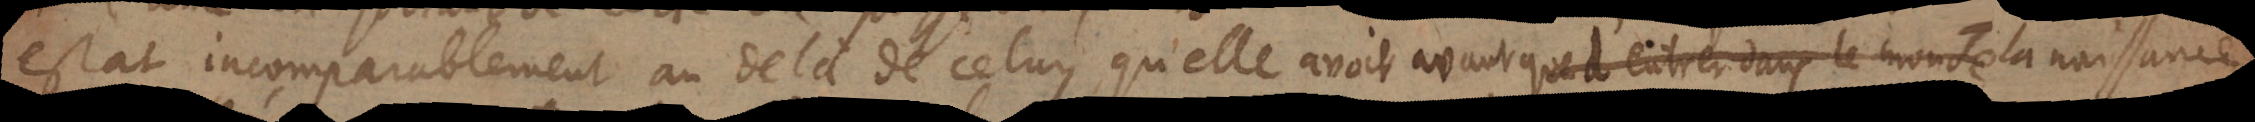
estat incomparablement au delà de celuy qu’elle avoit avant que d’estres dans le monde la naissance.